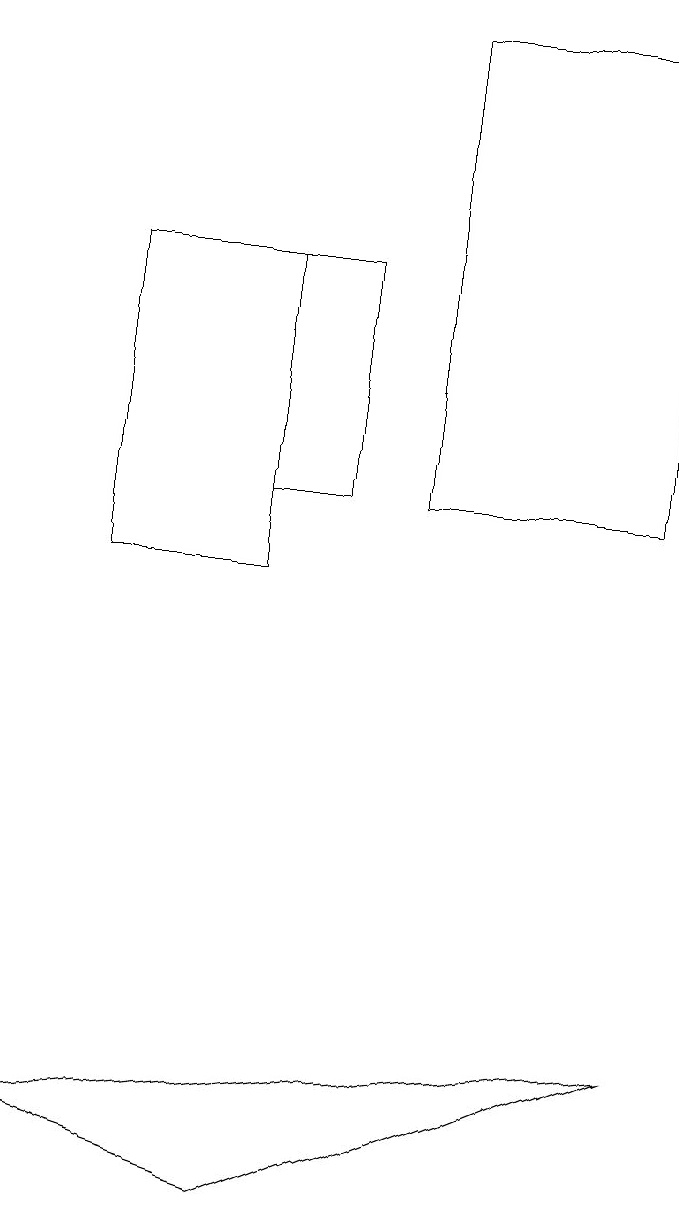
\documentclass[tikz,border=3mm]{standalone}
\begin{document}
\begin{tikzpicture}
\draw (9,12) rectangle (6,18);
\draw (2,11) rectangle (4,15);
\draw (4,15) rectangle (5,12);
\draw (4,3) -- (9,5) -- (1,4) -- cycle;
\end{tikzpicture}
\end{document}